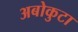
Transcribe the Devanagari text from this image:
अबोकुटा